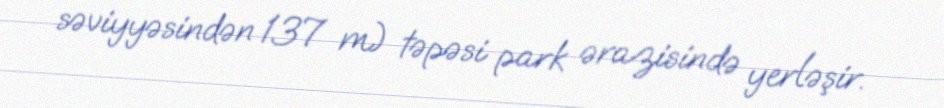
səviyyəsindən 137 m) təpəsi park ərazisində yerləşir.